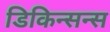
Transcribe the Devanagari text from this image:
डिकिन्सन्स